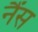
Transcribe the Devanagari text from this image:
नैंस